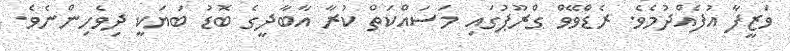
ވަޒީފާ އުފެއްދުމެވެ. ރެޑްވޭވް ގްރޫޕުގައި މަސައްކަތް ކުރާ އާބާދީގެ ބޮޑު ބަޔަކީ ދިވެހިންނެވެ.